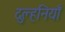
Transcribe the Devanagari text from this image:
दुल्हनियाँ